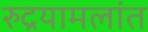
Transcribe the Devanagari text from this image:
रुद्रयामलांत